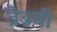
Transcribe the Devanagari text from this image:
ब्रैडबी